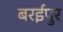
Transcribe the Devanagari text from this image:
बरईपुर